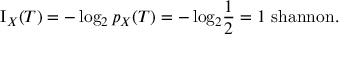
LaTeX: \operatorname { I } _ { X } ( T ) = - \log _ { 2 } { p _ { X } { ( T ) } } = - \log _ { 2 } \! { \frac { 1 } { 2 } } = 1 { \mathrm { ~ s h a n n o n } } .